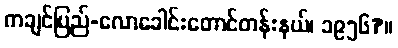
ကချင်ပြည်-လောခေါင်းတောင်တန်းနယ်၊ ၁၉၅၆?။